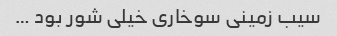
سیب زمینی سوخاری خیلی شور بود …